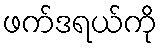
ဖက်ဒရယ်ကို